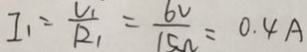
I _ { 1 } = \frac { V _ { 1 } } { R _ { 1 } } = \frac { 6 v } { 1 5 \Omega } = 0 . 4 A